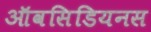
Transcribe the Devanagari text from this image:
ऑवसिडियनस